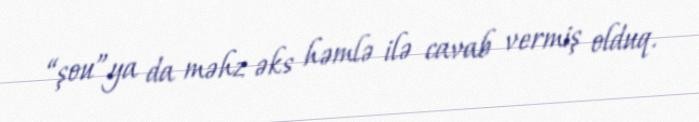
“şou”ya da məhz əks həmlə ilə cavab vermiş olduq.